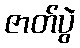
ဇာတ်ပွဲ